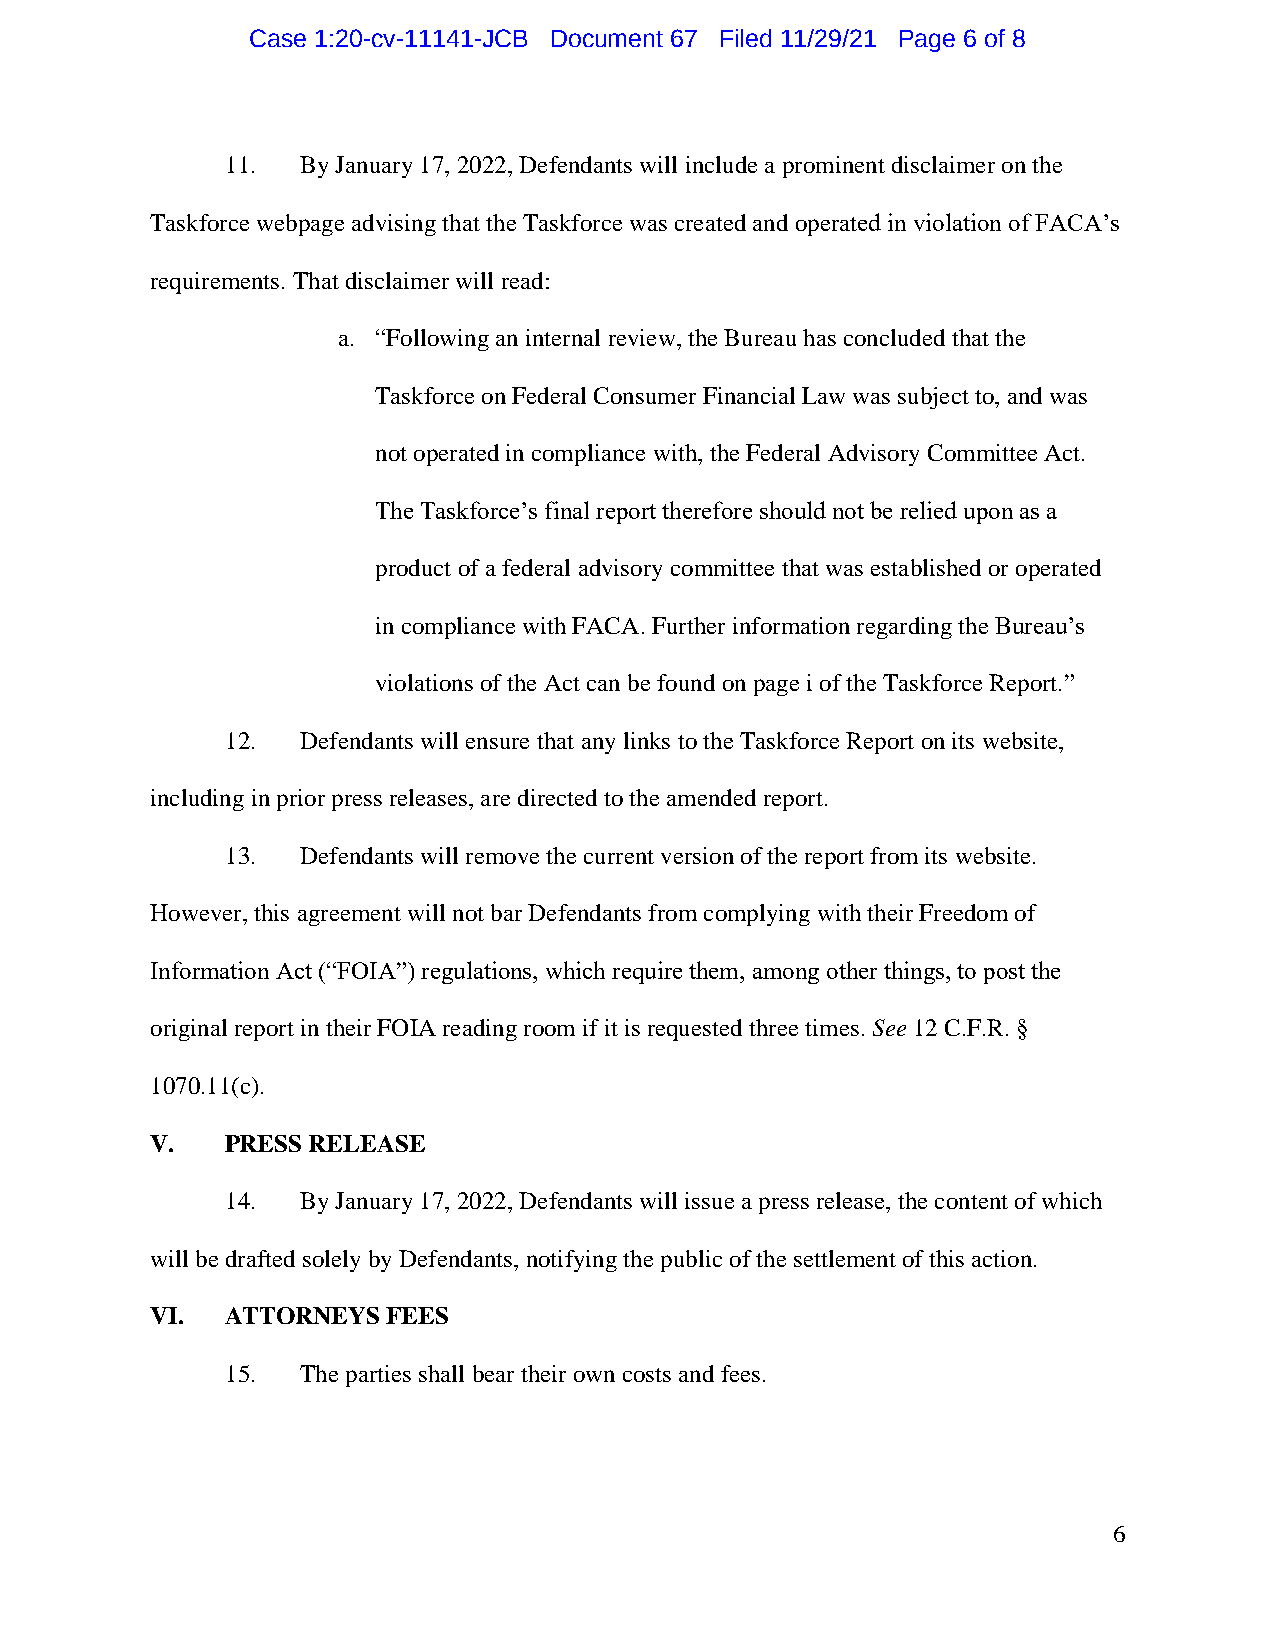
Case 1:20-cv-11141-JCB Document 67 Filed 11/29/21 Page 6 of 8
 11.  By January 17, 2022, Defendants will include a prominent disclaimer on the
 Taskforce webpage advising that the Taskforce was created and operated in violation of FACA’s
 requirements. That disclaimer will read:
 a. “Following an internal review, the Bureau has concluded that the
 Taskforce on Federal Consumer Financial Law was subject to, and was
 not operated in compliance with, the Federal Advisory Committee Act.
 The Taskforce’s final report therefore should not be relied upon as a
 product of a federal advisory committee that was established or operated
 in compliance with FACA. Further information regarding the Bureau’s
 violations of the Act can be found on page i of the Taskforce Report.”
 12.  Defendants will ensure that any links to the Taskforce Report on its website,
 including in prior press releases, are directed to the amended report.
 13.  Defendants will remove the current version of the report from its website.
 However, this agreement will not bar Defendants from complying with their Freedom of
 Information Act (“FOIA”) regulations, which require them, among other things, to post the
 original report in their FOIA reading room if it is requested three times. See 12 C.F.R. §
 1070.11(c).
 V.   PRESS RELEASE
 14.  By January 17, 2022, Defendants will issue a press release, the content of which
 will be drafted solely by Defendants, notifying the public of the settlement of this action.
 VI.  ATTORNEYS  FEES
 15.  The parties shall bear their own costs and fees.
 6